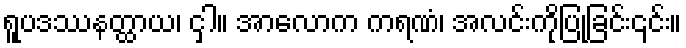
ရူပဒဿနတ္ထာယ၊ ငှါ။ အာလောက ကရဏံ၊ အလင်းကိုပြုခြင်း၎င်း။